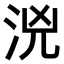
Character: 𣳸